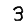
Digit: 3